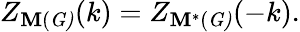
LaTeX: Z_{\mathbf{M}(\mathit{{G)}}}(k)=Z_{\mathbf{M}^{\ast}(\mathit{{G)}}}(-k).